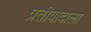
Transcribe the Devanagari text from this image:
प्रतीवादाला